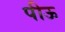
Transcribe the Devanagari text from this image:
पीऊ